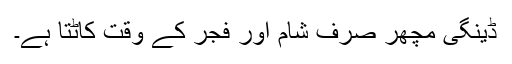
ڈینگی مچھر صرف شام اور فجر کے وقت کاٹتا ہے۔